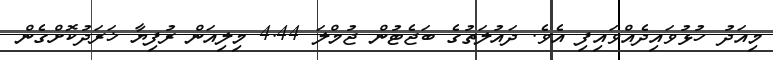
މިއަދު ހުޅުވައިދެއްވައިފި އެވެ. ދައުލަތުގެ ބަޖެޓުން ޖުމްލަ 4.44 މިލިއަން ރުފިޔާ ޚަރަދުކޮށްގެން